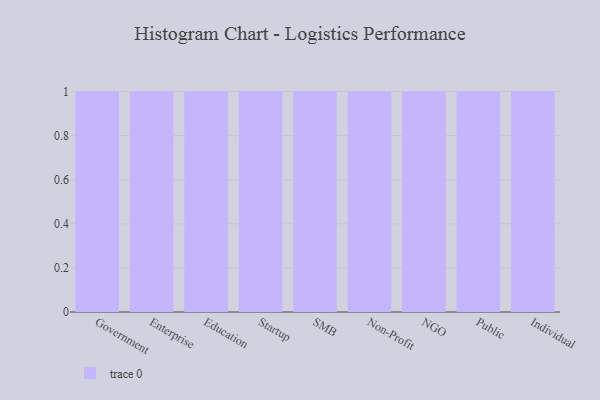
{"axis": {"x": "Segment", "y": "Latency (ms)"}, "legend": [""], "data": [{"x": "Government", "y": 7, "type": ""}, {"x": "Enterprise", "y": 13, "type": ""}, {"x": "Education", "y": 58, "type": ""}, {"x": "Startup", "y": 8, "type": ""}, {"x": "SMB", "y": 92, "type": ""}, {"x": "Non-Profit", "y": 83, "type": ""}, {"x": "NGO", "y": 7, "type": ""}, {"x": "Public", "y": 29, "type": ""}, {"x": "Individual", "y": 55, "type": ""}]}